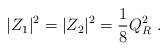
LaTeX: \begin{align*}|Z_1|^2=|Z_2|^2={1\over8}Q_R^2\ .\end{align*}